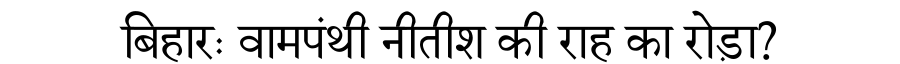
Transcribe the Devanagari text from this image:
बिहारः वामपंथी नीतीश की राह का रोड़ा?